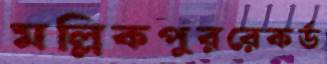
মল্লিকপুররেকর্ড